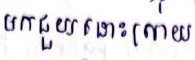
មកជួយដោះស្រាយ